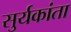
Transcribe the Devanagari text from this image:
सुर्यकांता